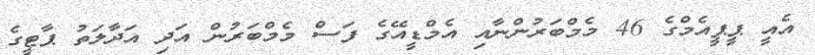
އެއީ ޕީޕީއެމްގެ 46 މެމްބަރުންނާއި އެމްޑީއޭގެ ފަސް މެމްބަރުން އަދި އަދާލަތު ޕާޓީގެ